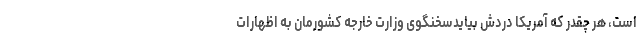
است، هر چقدر که آمریکا دردش بیایدسخنگوی وزارت خارجه کشورمان به اظهارات